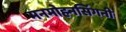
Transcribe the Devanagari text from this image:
मनमोहनसिंगनी